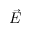
\vec { E }